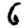
Digit: 6